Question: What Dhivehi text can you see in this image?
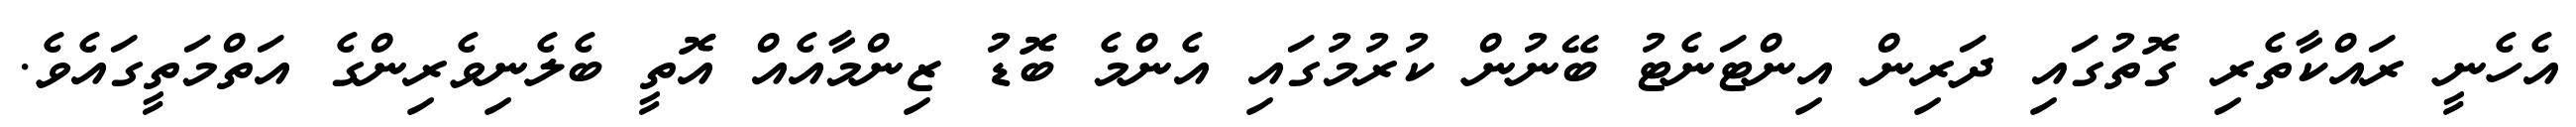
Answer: އެހެނީ ރައްކާތެރި ގޮތުގައި ދަރިން އިންޓަނެޓު ބޭނުން ކުރުމުގައި އެންމެ ބޮޑު ޒިންމާއެއް އޮތީ ބެލެނިވެރިންގެ އަތްމަތީގައެވެ.